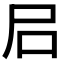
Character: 𡰪